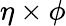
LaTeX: \eta\times\phi